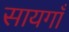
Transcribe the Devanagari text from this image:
सायगाँ